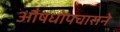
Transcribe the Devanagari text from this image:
औषधोपचाराने